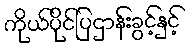
ကိုယ်ပိုင်ပြဌာန်းခွင့်နှင့်